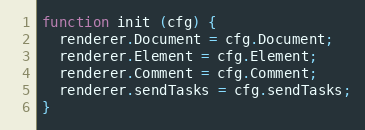
Language: JavaScript
function init (cfg) {
  renderer.Document = cfg.Document;
  renderer.Element = cfg.Element;
  renderer.Comment = cfg.Comment;
  renderer.sendTasks = cfg.sendTasks;
}